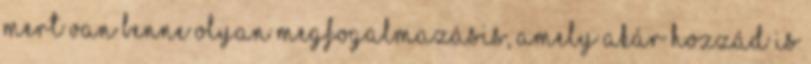
mert van benne olyan megfogalmazásis, amely akár hozzád is